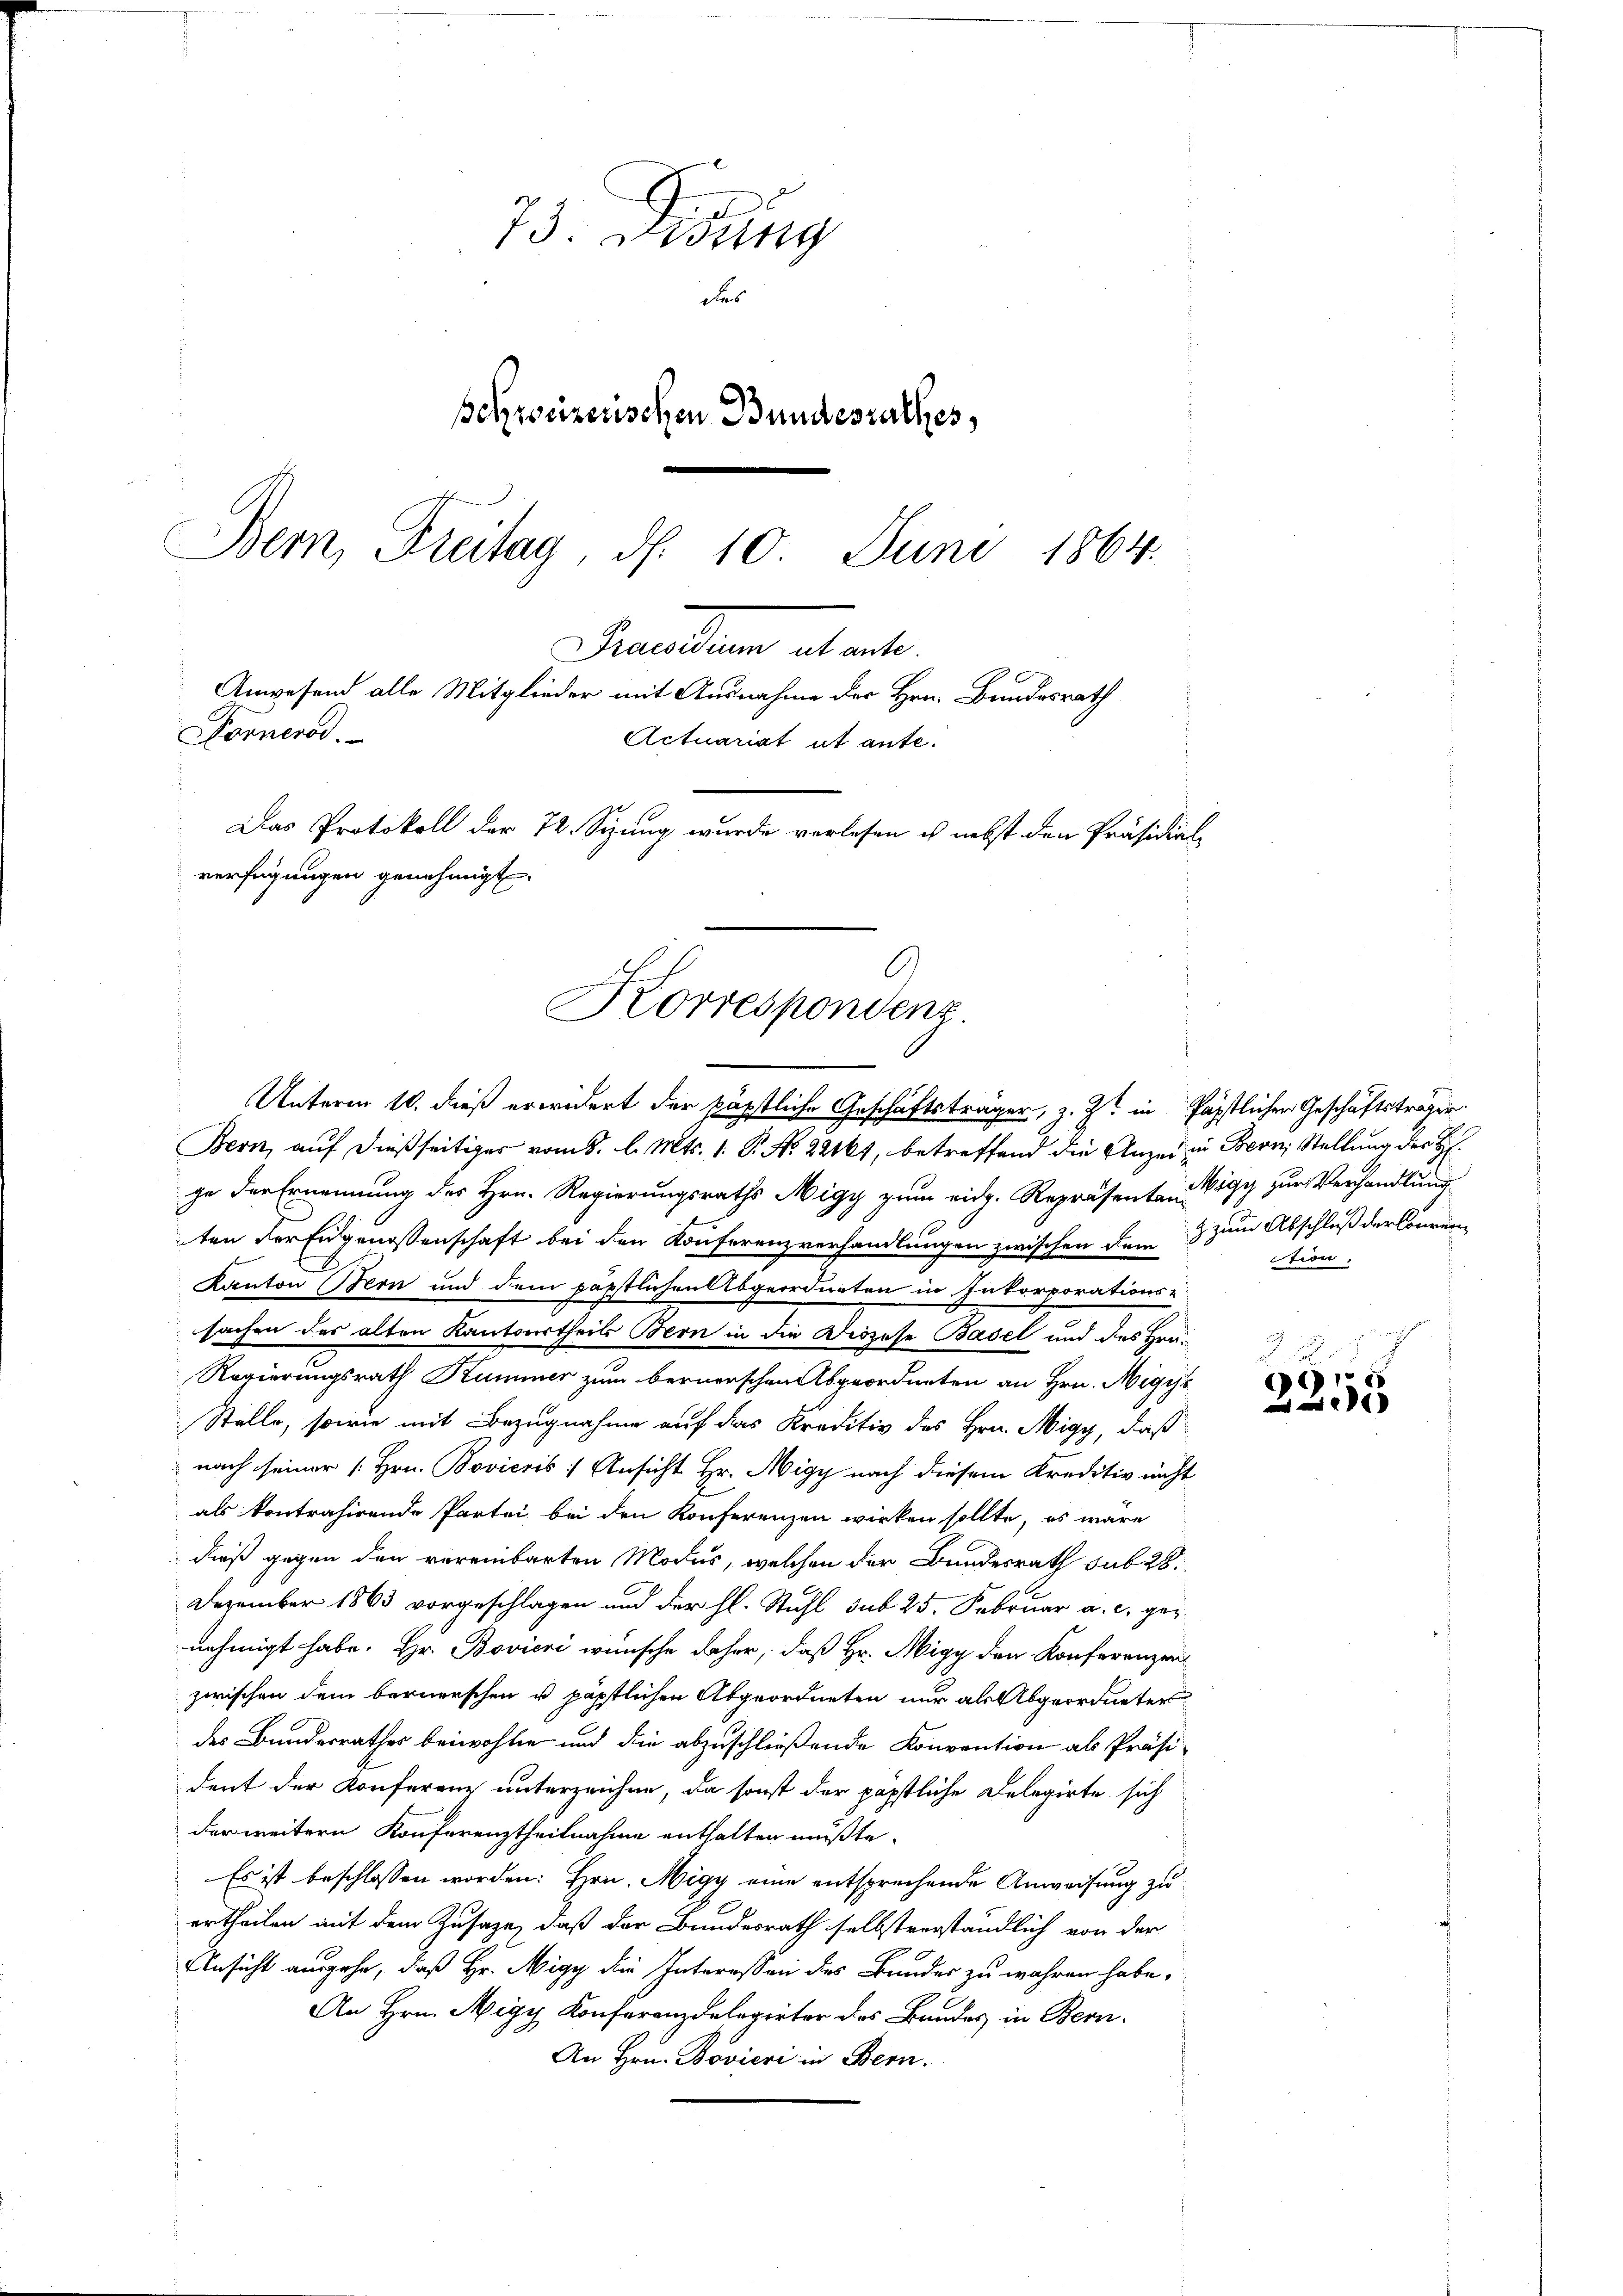
73. Didung
des
schweizerischen Bundesrathes,
Bern, Freitag, d. 10. Juni 1864.
sandten etwel
Anwesend alle Mitglieder mit Ausnahme der Hrn. Bundesrath
Donnend.
Actuariat ut ante.
Das Protokoll der 72. Syung wurde verlesen ich nebst den Präsidial-
verfügungen genehmigt.

C
Korrespondenz.
Unterm 10. dieß erwidert der päpstliche Geschäftsträger, z. Zt. in päpstlicher Geschäftsträger

Bern, auf dießseitiger vom 8. l. Mts. 1. P. Nr. 22161, betreffend die Anzei in Bern, Stellung der H
ze der Ernennung des Hrn. Regierungsraths Migy zum eidg. Repräsenten Wigg zur Verhandlung
ten der Eugenossenschaft bei den Konferenzverhandlungen zwischen dem 3 zum Abschluß der Comm
Kanton Bern und dem päpstlichen Abgeordneten in Inkorporations-
sachen des alten Kantonstheils Bern in die Diözese Basel und des Hrn.
Regierungsrath Kummer zum bernerschen Abgeordneten an Hrn. Nigyt
Stelle, sowie mit Bezugnahme auf das Kreditiv des Hrn. Nigy, daß
nach seiner [Hrn. Bovicsis / Ansicht Hr. Nigy nach diesem Kreditiv nicht
als kontrahirende Partei bei den Konferenzen wirken sollte, es wäre
dieß gegen den vereinbarten Modus, welchen der Bundesrath sub 28.
Dezember 1863 vorgeschlagen und der hl. Stuhl sub 25. Februar a. c. genehmigt habe. Hr. Bovieri wünsche daher, daß Hr. Nigy den Konferenzen
zwischen dem bernerschen u. päpstlichen Abgeordneten nur als Abgeordneter
des Bundesrathes beiwohnen und die abzuschließende Konvention als Präsi-
dent der Konferenz unterzeichne, da sonst der päpstliche Delegirte sich
der weitern Konferenztheilnahme enthalten müßte.
Es ist beschlossen worden. Hrn. Migy eine entsprechende Anweisung zu
ertheilen mit dem Zusage, daß der Bundesrath selbstverständlich von der
Ansicht ausgehe, daß Hr. Migy die Interessen des Bundes zu wahren habe.
An Hrn. Migy Konferenz delegirter das Bundes in Bern.
An Hrn. Bovieri in Bern.

ten.

.
691
1